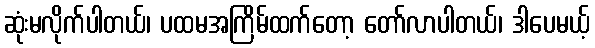
ဆုံးမလိုက်ပါတယ်၊ ပထမအကြိမ်ထက်တော့ တော်လာပါတယ်၊ ဒါပေမယ့်